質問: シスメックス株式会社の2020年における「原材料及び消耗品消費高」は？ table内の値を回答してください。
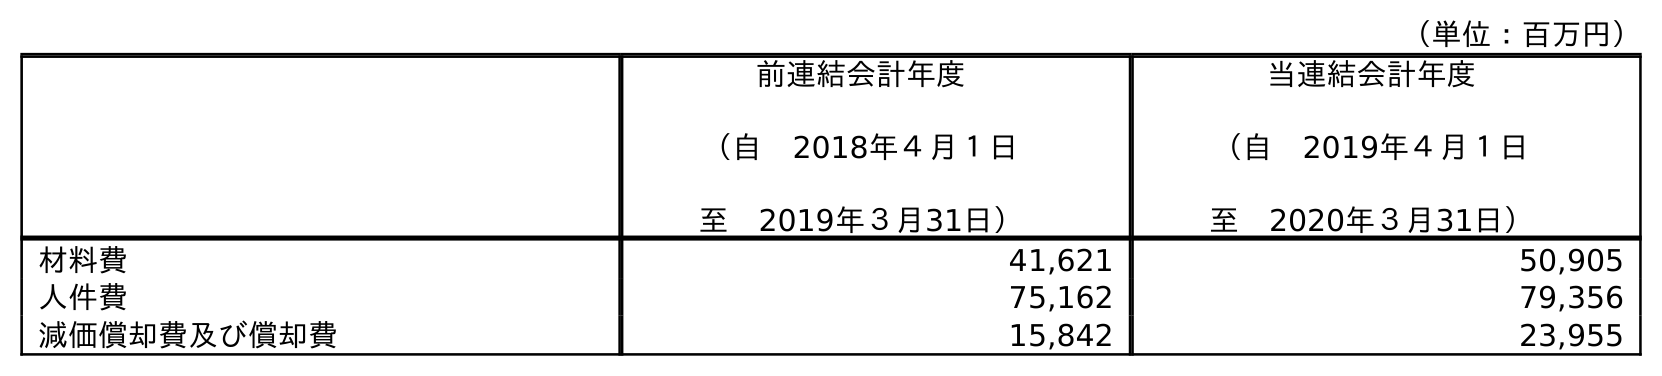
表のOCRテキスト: （単位：百万円） 前連結会計年度 （自 2018年４月１日 至 2019年３月31日） 当連結会計年度 （自 2019年４月１日 至 2020年３月31日） 材料費 41,621 50,905 人件費 75,162 79,356 減価償却費及び償却費 15,842 23,955
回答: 50,905